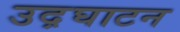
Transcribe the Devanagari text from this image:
उद़घाटन